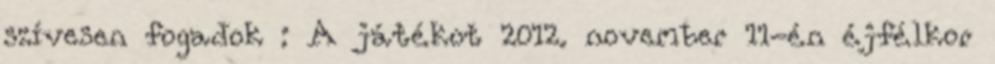
szívesen fogadok : A játékot 2012. november 11-én éjfélkor